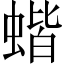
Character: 蝔